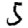
Digit: 5